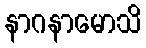
နာဂနာမောသိ